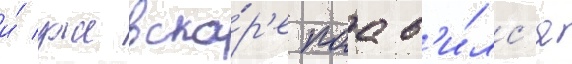
и́ уже вско́р'е поав'и́лс'я